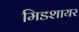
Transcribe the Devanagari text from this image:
मिडशायर